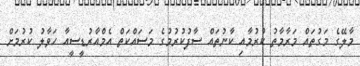
މާލޭގެ މަގުތައް މަރާމާތު ކުރުމާއި ކާނުތައް ސާފުކުރުމުގެ މަސައްކަތް އެމްއާރުޑީސީއާ ހަވާލު ކުރުމަށް